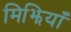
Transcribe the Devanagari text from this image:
मिझियाँ